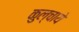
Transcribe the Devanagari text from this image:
कुल्चाये